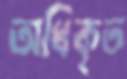
অধিকৃত